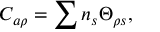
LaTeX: C _ { a \rho } = \sum n _ { s } \Theta _ { \rho s } ,